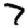
Digit: 7